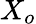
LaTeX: X_{o}